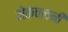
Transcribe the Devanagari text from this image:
नेकचलनी